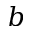
b